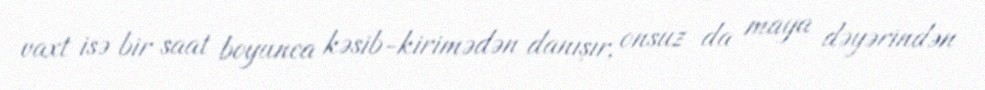
vaxt isə bir saat boyunca kəsib-kirimədən danışır, onsuz da maya dəyərindən